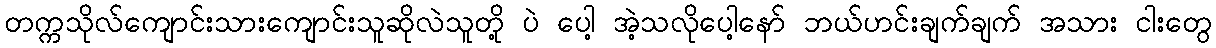
တက္ကသိုလ်ကျောင်းသားကျောင်းသူဆိုလဲသူတို့ ပဲ ပေါ့ အဲ့သလိုပေါ့နော် ဘယ်ဟင်းချက်ချက် အသား ငါးတွေ